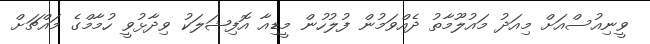
ވީނިއުސްއަށް މިއަދު މައުލޫމާތު ދެއްވަމުން ފުލުހުން މީޑިއާ އޮފިޝަލަކު ވިދާޅުވީ ހުމާމްގެ މައްޗަށް